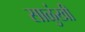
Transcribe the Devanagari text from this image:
साळुंखी